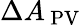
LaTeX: \Delta{{A_{\, \mathrm{{PV}}}}}